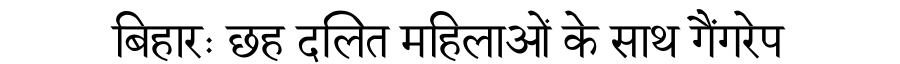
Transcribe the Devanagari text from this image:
बिहारः छह दलित महिलाओं के साथ गैंगरेप